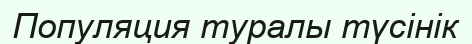
Популяция туралы түсінік